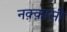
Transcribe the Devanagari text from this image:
नक़्क़ासी